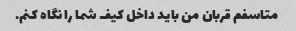
متاسفم قربان من باید داخل کیف شما را نگاه کنم.